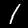
Digit: 1